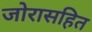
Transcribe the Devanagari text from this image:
जोरासहित